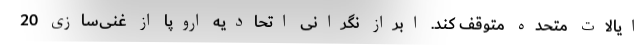
ایالات متحده متوقف کند. ابراز نگرانی اتحادیه اروپا از غنی‌سازی 20